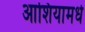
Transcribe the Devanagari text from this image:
आशियामधे